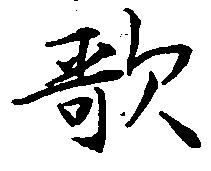
歌